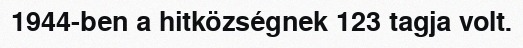
1944-ben a hitközségnek 123 tagja volt.